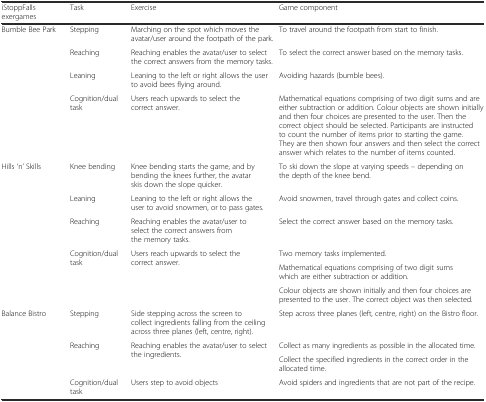
| iStoppFalls exergames | Task | Exercise | Game component |
 | --- | --- | --- | --- |
 | <ROWSPAN=3> Bumble Bee Park | Stepping | Marching on the spot which moves the avatar/user around the footpath of the park. | To travel around the footpath from start to finish. |
 | Reaching | Reaching enables the avatar/user to select the correct answers from the memory tasks. | To select the correct answer based on the memory tasks. |
 | Leaning | Leaning to the left or right allows the user to avoid bees flying around. | Avoiding hazards (bumble bees). |
 |  | Cognition/dual task | Users reach upwards to select the correct answer. | Mathematical equations comprising of two digit sums and are either subtraction or addition. Colour objects are shown initially and then four choices are presented to the user. Then the correct object should be selected. Participants are instructed to count the number of items prior to starting the game. They are then shown four answers and then select the correct answer which relates to the number of items counted. |
 | <ROWSPAN=3> Hills ‘n’ Skills | Knee bending | Knee bending starts the game, and by bending the knees further, the avatar skis down the slope quicker. | To ski down the slope at varying speeds – depending on the depth of the knee bend. |
 | Leaning | Leaning to the left or right allows the user to avoid snowmen, or to pass gates. | Avoid snowmen, travel through gates and collect coins. |
 | Reaching | Reaching enables the avatar/user to select the correct answers from the memory tasks. | Select the correct answer based on the memory tasks. |
 | <ROWSPAN=3>  | <ROWSPAN=3> Cognition/dual task | <ROWSPAN=3> Users reach upwards to select the correct answer. | Two memory tasks implemented. |
 | Mathematical equations comprising of two digit sums which are either subtraction or addition. |
 | Colour objects are shown initially and then four choices are presented to the user. The correct object was then selected. |
 | <ROWSPAN=3> Balance Bistro | Stepping | Side stepping across the screen to collect ingredients falling from the ceiling across three planes (left, centre, right). | Step across three planes (left, centre, right) on the Bistro floor. |
 | <ROWSPAN=2> Reaching | <ROWSPAN=2> Reaching enables the avatar/user to select the ingredients. | Collect as many ingredients as possible in the allocated time. |
 | Collect the specified ingredients in the correct order in the allocated time. |
 |  | Cognition/dual task | Users step to avoid objects | Avoid spiders and ingredients that are not part of the recipe. |